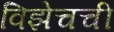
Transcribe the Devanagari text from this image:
विझेचची